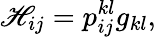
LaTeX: \mathscr{H}_{ij}=p_{ij}^{kl}g_{kl},